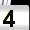
Digit: 4